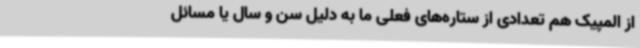
از المپیک هم تعدادی از ستاره‌های فعلی ما به دلیل سن و سال یا مسائل